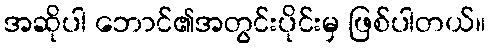
အဆိုပါ ဘောင်၏အတွင်းပိုင်းမှ ဖြစ်ပါတယ်။